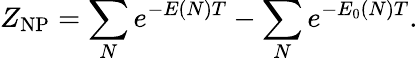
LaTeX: Z_{\mathrm{NP}}=\sum_{N}e^{-E(N)T}-\sum_{N}e^{-E_{0}(N)T}.